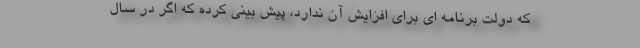
که دولت برنامه ای برای افزایش آن ندارد، پیش بینی کرده که اگر در سال